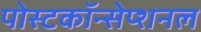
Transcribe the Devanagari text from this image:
पोस्टकॉन्सेप्शनल